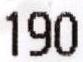
190